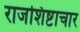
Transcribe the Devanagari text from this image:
राजशिष्टाचार